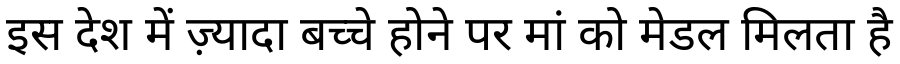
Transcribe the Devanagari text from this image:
इस देश में ज़्यादा बच्चे होने पर मां को मेडल मिलता है